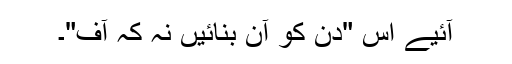
آئیے اس "دن کو آن بنائیں نہ کہ آف"۔